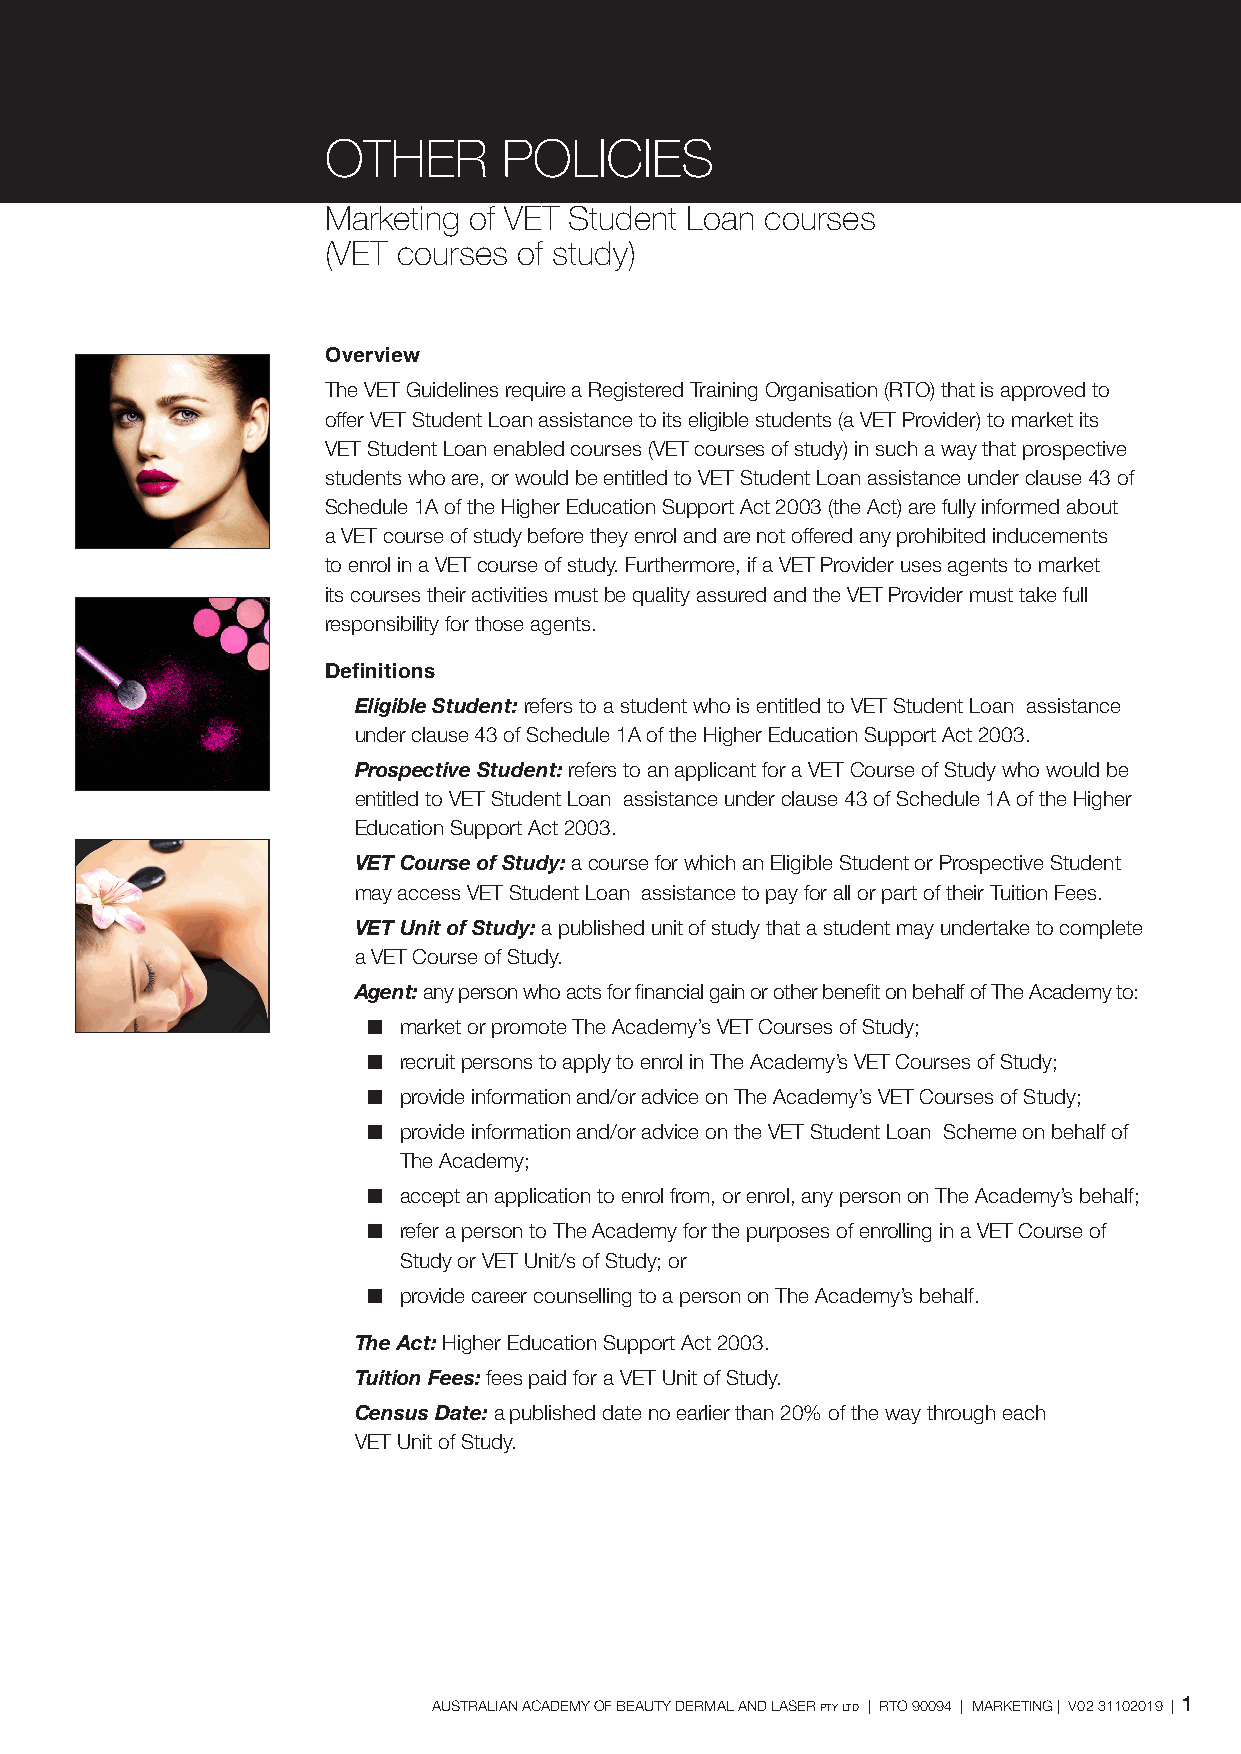
OTHER      POLICIES
 Marketing of VET Student Loan courses
 (VET courses of study)
 Overview
 The VET Guidelines require a Registered Training Organisation (RTO) that is approved to
 offer VET Student Loan assistance to its eligible students (a VET Provider) to market its
 VET Student Loan enabled courses (VET courses of study) in such a way that prospective
 students who are, or would be entitled to VET Student Loan assistance under clause 43 of
 Schedule 1A of the Higher Education Support Act 2003 (the Act) are fully informed about
 a VET course of study before they enrol and are not offered any prohibited inducements
 to enrol in a VET course of study. Furthermore, if a VET Provider uses agents to market
 its courses their activities must be quality assured and the VET Provider must take full
 responsibility for those agents.
 Definitions
 Eligible Student: refers to a student who is entitled to VET Student Loan assistance
 under clause 43 of Schedule 1A of the Higher Education Support Act 2003.
 Prospective Student: refers to an applicant for a VET Course of Study who would be
 entitled to VET Student Loan assistance under clause 43 of Schedule 1A of the Higher
 Education Support Act 2003.
 VET Course of Study: a course for which an Eligible Student or Prospective Student
 may access VET Student Loan assistance to pay for all or part of their Tuition Fees.
 VET Unit of Study: a published unit of study that a student may undertake to complete
 a VET Course of Study.
 Agent: any person who acts for financial gain or other benefit on behalf of The Academy to:
 n market or promote The Academy’s VET Courses of Study;
 n recruit persons to apply to enrol in The Academy’s VET Courses of Study;
 n provide information and/or advice on The Academy’s VET Courses of Study;
 n provide information and/or advice on the VET Student Loan Scheme on behalf of
 The Academy;
 n accept an application to enrol from, or enrol, any person on The Academy’s behalf;
 n refer a person to The Academy for the purposes of enrolling in a VET Course of
 Study or VET Unit/s of Study; or
 n provide career counselling to a person on The Academy’s behalf.
 The Act: Higher Education Support Act 2003.
 Tuition Fees: fees paid for a VET Unit of Study.
 Census Date: a published date no earlier than 20% of the way through each
 VET Unit of Study.
 AUSTRALIAN ACADEMY OF BEAUTY DERMAL AND LASER pty ltd | RTO 90094 | MARKETING | V02 31102019 | 1